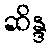
ဆိန္ဒ